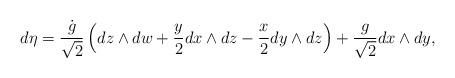
LaTeX: \begin{align*}d \eta = \frac{\dot{g}}{\sqrt{2}} \left(dz \wedge dw + \frac{y}{2} dx \wedge dz -\frac{x}{2} dy \wedge dz \right) + \frac{g}{\sqrt{2}} dx \wedge dy,\end{align*}